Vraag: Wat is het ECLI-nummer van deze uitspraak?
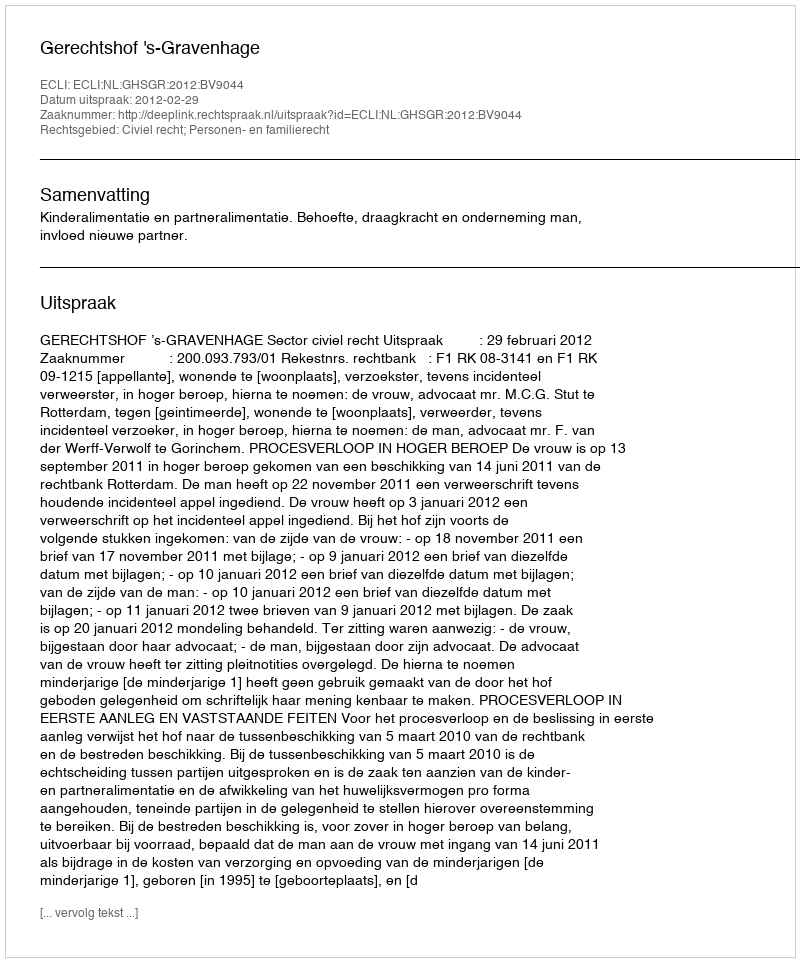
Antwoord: ECLI:NL:GHSGR:2012:BV9044